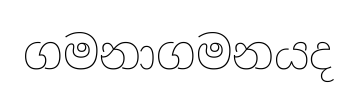
ගමනාගමනයද